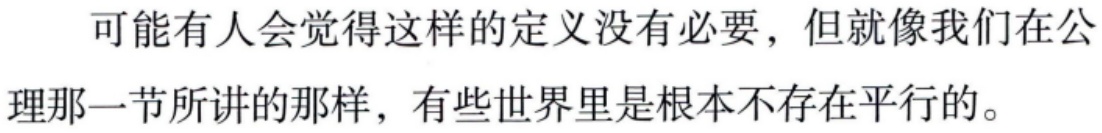
可能有人会觉得这样的定义没有必要，但就像我们在公理那一节所讲的那样，有些世界里是根本不存在平行的。